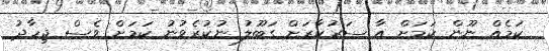
ކަމެއް ނޫން ކަމަށް އާ ސަރުކާރަށް ގަބޫލު ނުކުރެވުނު ކަމަށް ވެސް ޖިހާދު